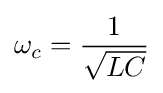
\omega _{c}={\frac {1}{\sqrt {LC}}}